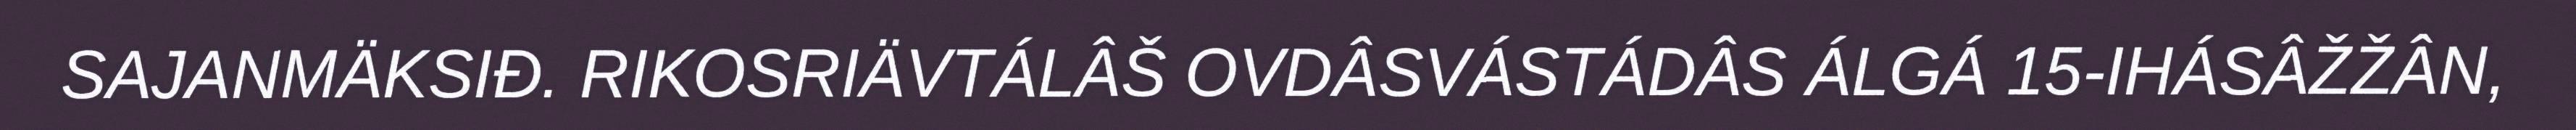
SAJANMÄKSIĐ. RIKOSRIÄVTÁLÂŠ OVDÂSVÁSTÁDÂS ÁLGÁ 15-IHÁSÂŽŽÂN,